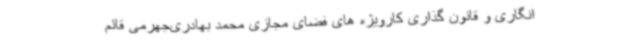
انگاری و قانون گذاری کارویژه های فضای مجازی محمد بهادری‌جهرمی قائم